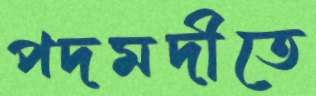
পদমদীতে